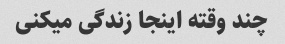
چند وقته اینجا زندگی میکنی